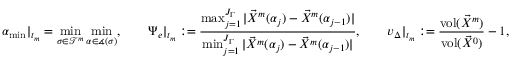
{ \alpha _ { \mathrm { m i n } } } | _ { t _ { m } } = \operatorname* { m i n } _ { \sigma \in \mathscr { T } ^ { m } } \operatorname* { m i n } _ { \alpha \in \measuredangle { ( \sigma ) } } , \qquad \Psi _ { e } | _ { t _ { m } } : = \frac { \operatorname* { m a x } _ { j = 1 } ^ { J _ { \Gamma } } | \vec { X } ^ { m } ( \alpha _ { j } ) - \vec { X } ^ { m } ( \alpha _ { j - 1 } ) | } { \operatorname* { m i n } _ { j = 1 } ^ { J _ { \Gamma } } | \vec { X } ^ { m } ( \alpha _ { j } ) - \vec { X } ^ { m } ( \alpha _ { j - 1 } ) | } , \qquad v _ { \Delta } | _ { t _ { m } } : = \frac { \operatorname { v o l } ( \vec { X } ^ { m } ) } { \operatorname { v o l } ( \vec { X } ^ { 0 } ) } - 1 ,